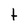
Character: t